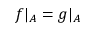
f | _ { A } = g | _ { A }